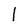
Character: l